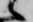
候